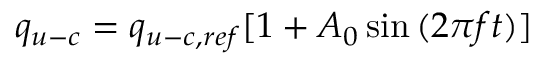
q _ { u - c } = q _ { u - c , r e f } [ 1 + A _ { 0 } \sin { ( 2 \pi f t ) } ]